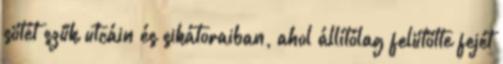
sötét szűk utcáin és sikátoraiban, ahol állítólag felütötte fejét